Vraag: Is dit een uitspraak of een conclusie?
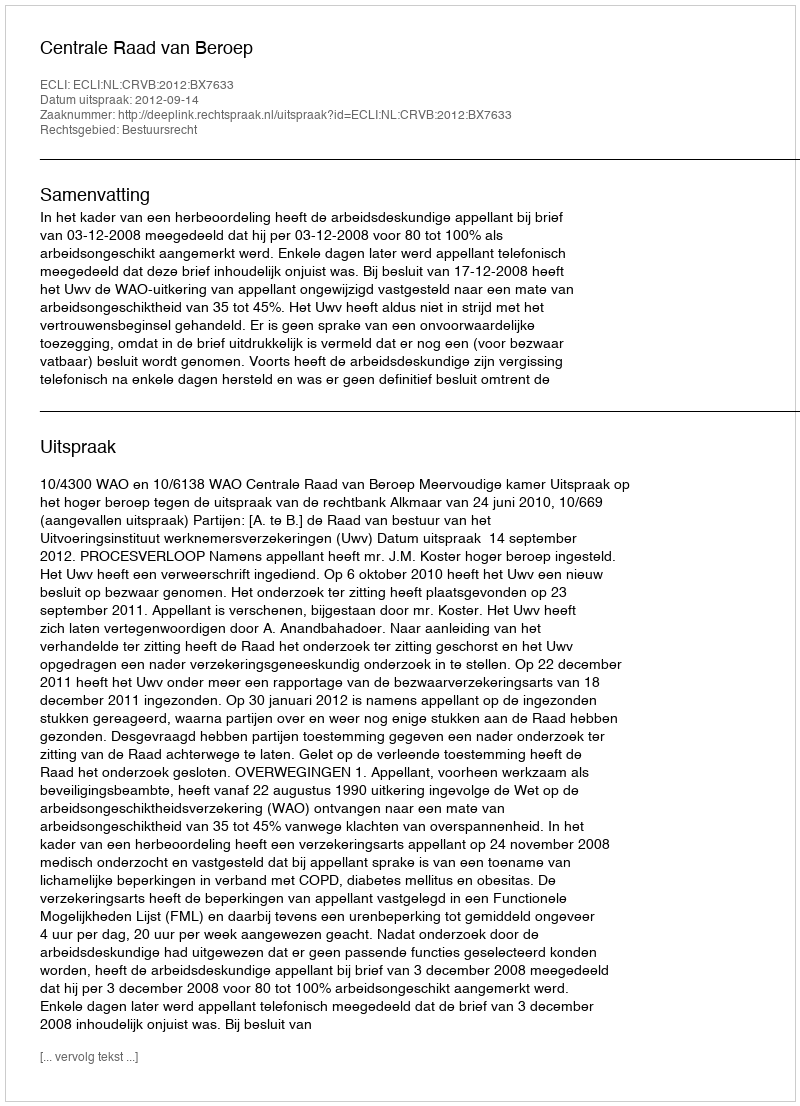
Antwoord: Uitspraak